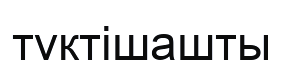
түктішашты